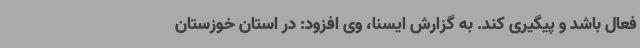
فعال باشد و پیگیری کند. به گزارش ایسنا، وی افزود: در استان خوزستان